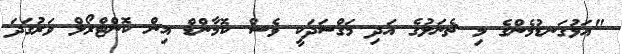
"އަޅުގަނޑުމެންގެ މި ޗެނަލުގެ އަދި މަގްސަދަކީ ވެސް ކޮމާންޑް އިން ކޮންޓްރޯލް ވަރުގަދަ